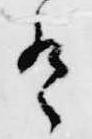
有